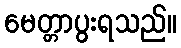
မေတ္တာပွးရသည်။